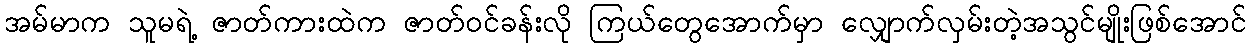
အမ်မာက သူမရဲ့ ဇာတ်ကားထဲက ဇာတ်ဝင်ခန်းလို ကြယ်တွေအောက်မှာ လျှောက်လှမ်းတဲ့အသွင်မျိုးဖြစ်အောင်